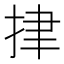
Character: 𢫫